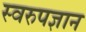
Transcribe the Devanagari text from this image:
स्वरुपज्ञान